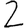
Digit: 2